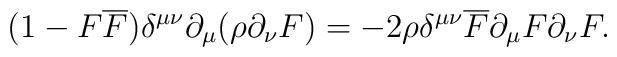
(1-F\overline{F})\delta^{\mu\nu}\partial_\mu(\rho\partial_\nu F)=-2\rho\delta^{\mu\nu}\overline{F}\partial_\mu F\partial_\nu F.